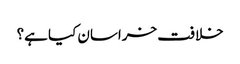
خلافت خراسان کیا ہے؟